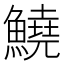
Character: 鱙